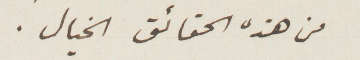
من هذه الحقائق الخيال.